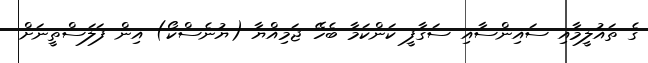
ގެ ތައުލީމާއި ސައިންސާއި ސަގާފީ ކަންކަމާ ބެހޭ ޖަމިއްޔާ (ޔުނެސްކޯ) އިން ފަލަސްތީނަށް